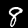
Digit: 8